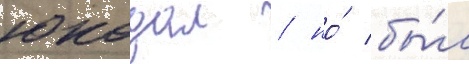
юкодал / но́ бы́л